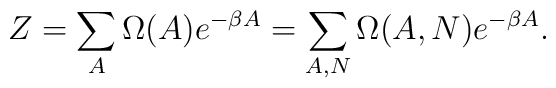
Z = \sum_{A} \Omega(A) e^{-\beta A} = \sum_{A,N} \Omega(A,N) e^{-\beta A}.